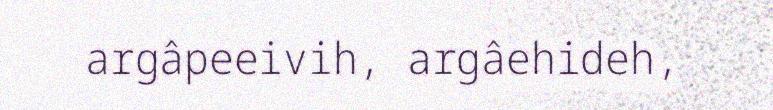
argâpeeivih, argâehideh,